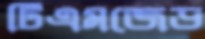
টিএমজেড